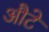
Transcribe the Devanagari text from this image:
औटे